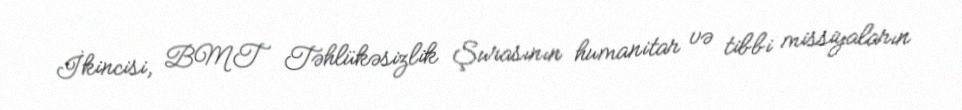
İkincisi, BMT Təhlükəsizlik Şurasının humanitar və tibbi missiyaların